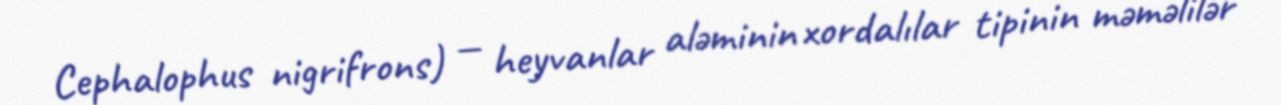
Cephalophus nigrifrons) — heyvanlar aləminin xordalılar tipinin məməlilər